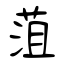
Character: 菹